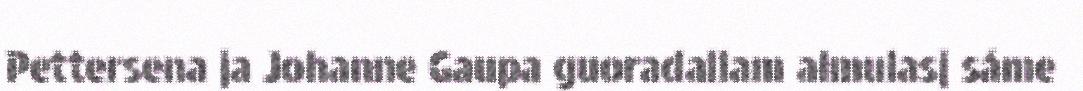
Pettersena ja Johanne Gaupa guoradallam almulasj sáme